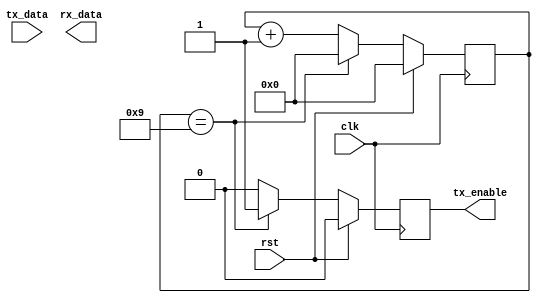
module uart_controller (
  input wire clk,
  input wire rst,
  input wire tx_data,
  output reg tx_enable,
  output wire rx_data
);

// Baud Rate Generator
reg [15:0] baud_counter;
reg [3:0] baud_divider = 4'h9; // for 9600 baud rate

always @(posedge clk) begin
  if (rst) begin
    baud_counter <= 16'h0000;
    tx_enable <= 1'b0;
  end else begin
   if (baud_counter == baud_divider) begin
     baud_counter <= 16'h0000;
     tx_enable <= 1'b1;
   end else begin
     baud_counter <= baud_counter + 1'b1;
     tx_enable <= 1'b0;
   end
  end
end

// FIFO Buffer
reg [7:0] tx_buffer [0:7]; // 8-byte FIFO buffer
reg [2:0] tx_buf_rd_ptr;
reg [2:0] tx_buf_wr_ptr;

// Transmit Data
always @(posedge clk) begin
  if (rst) begin
    tx_buf_rd_ptr <= 3'b000;
    tx_buf_wr_ptr <= 3'b000;
  end else begin
    if (tx_enable && (tx_buf_rd_ptr != tx_buf_wr_ptr)) begin
      // Transmit data from FIFO buffer
      tx_data <= tx_buffer[tx_buf_rd_ptr];
      tx_buf_rd_ptr <= tx_buf_rd_ptr + 1'b1;
    end
  end
end

// Receive Data
reg [1:0] rx_state = 2'b00;

always @(posedge clk) begin
  if (rst) begin
    rx_state <= 2'b00;
  end else begin
    case (rx_state)
      2'b00: begin // wait for start bit
        if (!rx_data) begin
          rx_state <= 2'b01;
        end
      end
      
      2'b01: begin // receive data bits
        rx_state <= 2'b10;
      end
      
      2'b10: begin // wait for stop bit
        rx_state <= 2'b00;
      end
    endcase
  end
end

endmodule